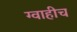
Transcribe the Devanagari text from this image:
ग्वाहीच